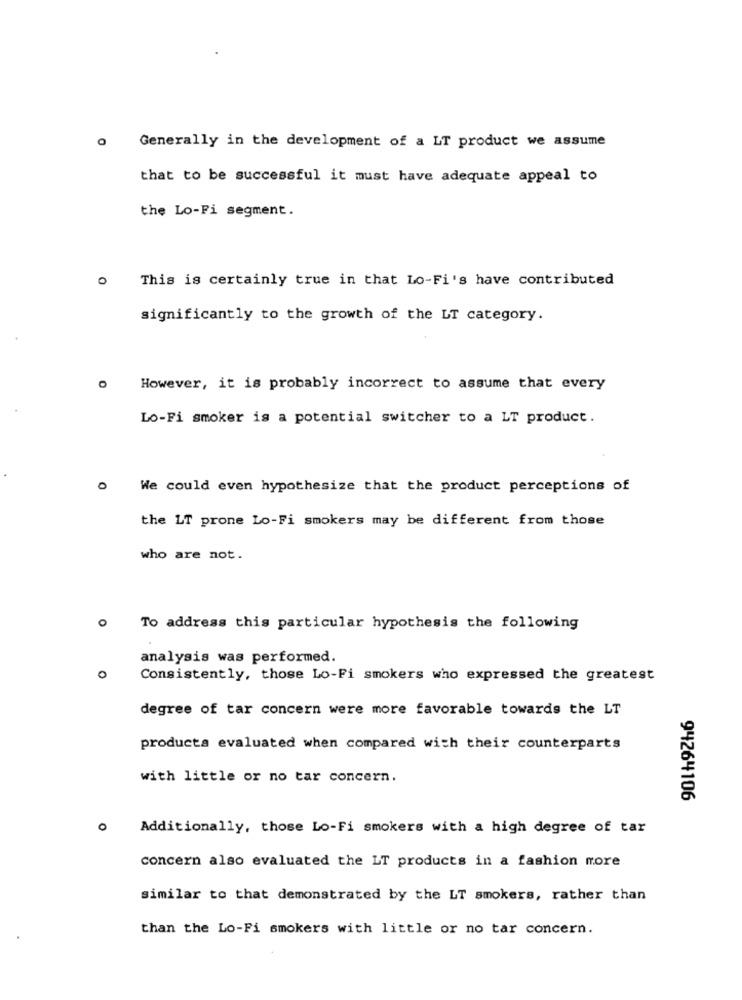
Generally in the development of a LT product we assume
that to be successful it must have adequate appeal to
the Lo-Fi segment.
0
This is certainly true in that Lo-Fi's have contributed
significantly to the growth of the LT category.
o However, it is probably incorrect to assume that every
Lo-Fi smoker is a potential switcher to a LT product.
0
We could even hypothesize that the product perceptions of
the LT prone Lo-Fi smokers may be different from those
who are not.
o To address this particular hypothesis the following
analysis was performed.
0
Consistently, those Lo-Fi smokers who expressed the greatest
degree of tar concern were more favorable towards the LT
products evaluated when compared with their counterparts
with little or no tar concern.
94264106
0
Additionally, those Lo-Fi smokers with a high degree of tar
concern also evaluated the LT products in a fashion more
similar to that demonstrated by the LT smokers, rather than
than the Lo-Fi smokers with little or no tar concern.